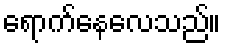
ရောက်နေလေသည်။